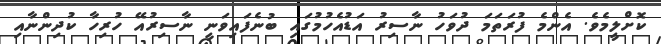
ކޮށްލީމެވެ. އެންމެ ފުރަތަމަ ދުވަހު ނާސިރު އަޑުއެހުމުގައި ބުނެފައިވަނީ ނާސިރުއޭ ހުރިހާ ކުދިންނާއި